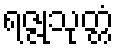
ရဇ္ဇုသုတ္တံ